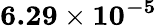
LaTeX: \mathbf{6.29\times 10^{-5}}